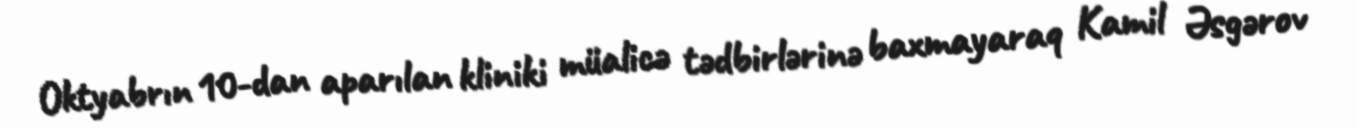
Oktyabrın 10-dan aparılan kliniki müalicə tədbirlərinə baxmayaraq Kamil Əsgərov